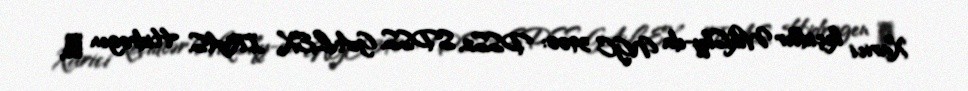
Xarici keçidlər WikiSky-da NGC 3900: DSS2, SDSS, GALEX, IRAS, Hidrogen α,